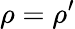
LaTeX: \rho=\rho^{\prime}